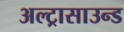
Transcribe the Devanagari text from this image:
अल्ट्रासाउन्ड